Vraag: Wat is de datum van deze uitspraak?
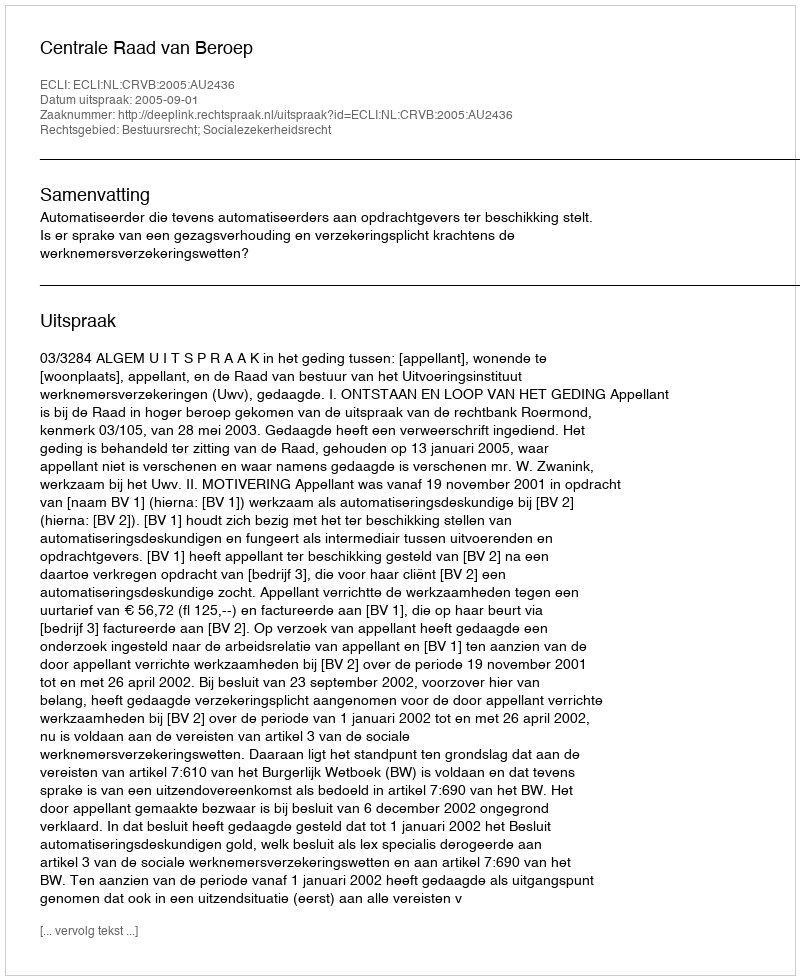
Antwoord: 2005-09-01